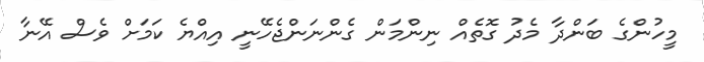
މީހުންގެ ބަންދާ މެދު ގޮތެއް ނިންމަން ގެންނަންޖެހޭނީ އިއްޔެ ކަމަށް ވެސް އޭނާ